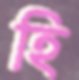
হি